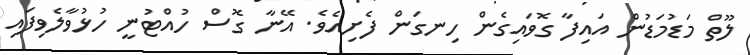
ލޫތް މަޑުމަޑުން އައިފާ ގޮވައިގެން ހިނގަން ފެށިއެވެ. އޭނާ ގޮސް ހުއްޓުނީ ހުޅުވާލެވިފައި